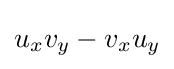
u_{x}v_{y}-v_{x}u_{y}